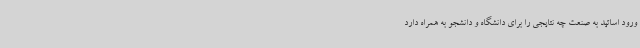
ورود اساتید به صنعت چه نتایجی را برای دانشگاه و دانشجو به همراه دارد